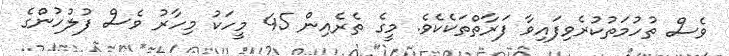
ވެސް ތުހުމަތުކުރެވިފައިވާ ފަރާތްތަކެކެވެ. މީގެ ތެރެއިން 45 މީހަކު މިހާރު ވެސް ފުލުހުންގެ